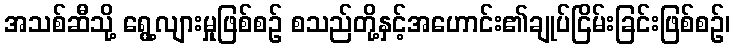
အသစ်ဆီသို့ ရွေ့လျားမှုဖြစ်စဉ် စသည်တို့နှင့်အဟောင်း၏ချုပ်ငြိမ်းခြင်းဖြစ်စဉ်၊